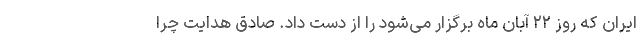
ایران که روز ۲۲ آبان ماه برگزار می‌شود را از دست داد. صادق هدایت چرا